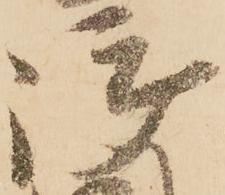
御